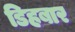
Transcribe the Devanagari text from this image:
डिहबार